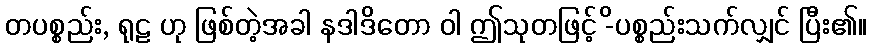
တပစ္စည်း, ရုဠ ဟု ဖြစ်တဲ့အခါ နဒါဒိတော ဝါ ဤသုတဖြင့် -ိပစ္စည်းသက်လျှင် ပြီး၏။